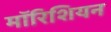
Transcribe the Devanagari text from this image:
मॉरिशियन